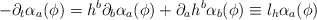
\begin{align*}- \partial_t \alpha_a (\phi) = h^b \partial_b \alpha_a (\phi) +\partial_a h^b \alpha_b (\phi) \equiv l_h \alpha_a(\phi)\end{align*}